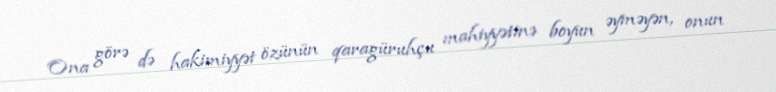
Ona görə də hakimiyyət özünün qaragüruhçu mahiyyətinə boyun əyməyən, onun